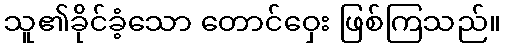
သူ၏ခိုင်ခံ့သော တောင်ဝှေး ဖြစ်ကြသည်။